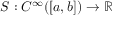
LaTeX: S : C ^ { \infty } ( [ a , b ] ) \to \mathbb { R }